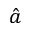
\hat { a }